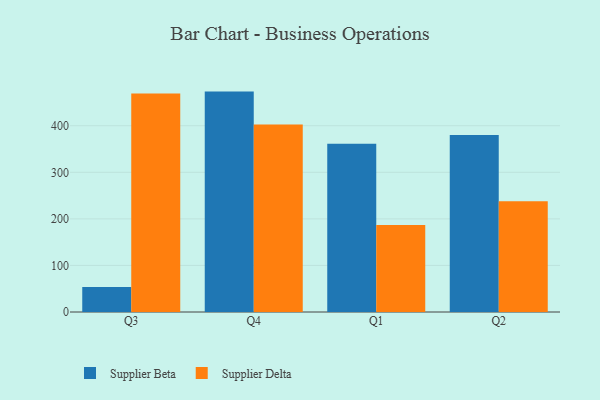
{"axis": {"x": "Quarter", "y": "Energy Usage (MWh)"}, "legend": ["Supplier Beta", "Supplier Delta"], "data": [{"x": "Q3", "y": 53.9, "type": "Supplier Beta"}, {"x": "Q3", "y": 469.0, "type": "Supplier Delta"}, {"x": "Q4", "y": 473.3, "type": "Supplier Beta"}, {"x": "Q4", "y": 402.5, "type": "Supplier Delta"}, {"x": "Q1", "y": 361.4, "type": "Supplier Beta"}, {"x": "Q1", "y": 186.7, "type": "Supplier Delta"}, {"x": "Q2", "y": 380.2, "type": "Supplier Beta"}, {"x": "Q2", "y": 237.9, "type": "Supplier Delta"}]}